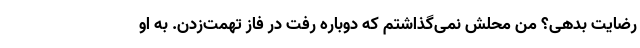
رضایت بدهی؟ من محلش نمی‌گذاشتم که دوباره رفت در فاز تهمت‌زدن. به او